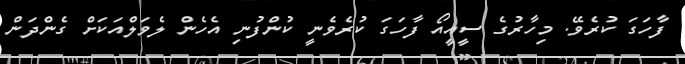
ފާހަގަ ކުރެވޭ. މިހާރުގެ ސީއީއޯ ފާހަގަ ކުރެވެނީ ކުންފުނި އެހެން ލެވަލްއަކަށް ގެންދަން